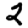
Digit: 2